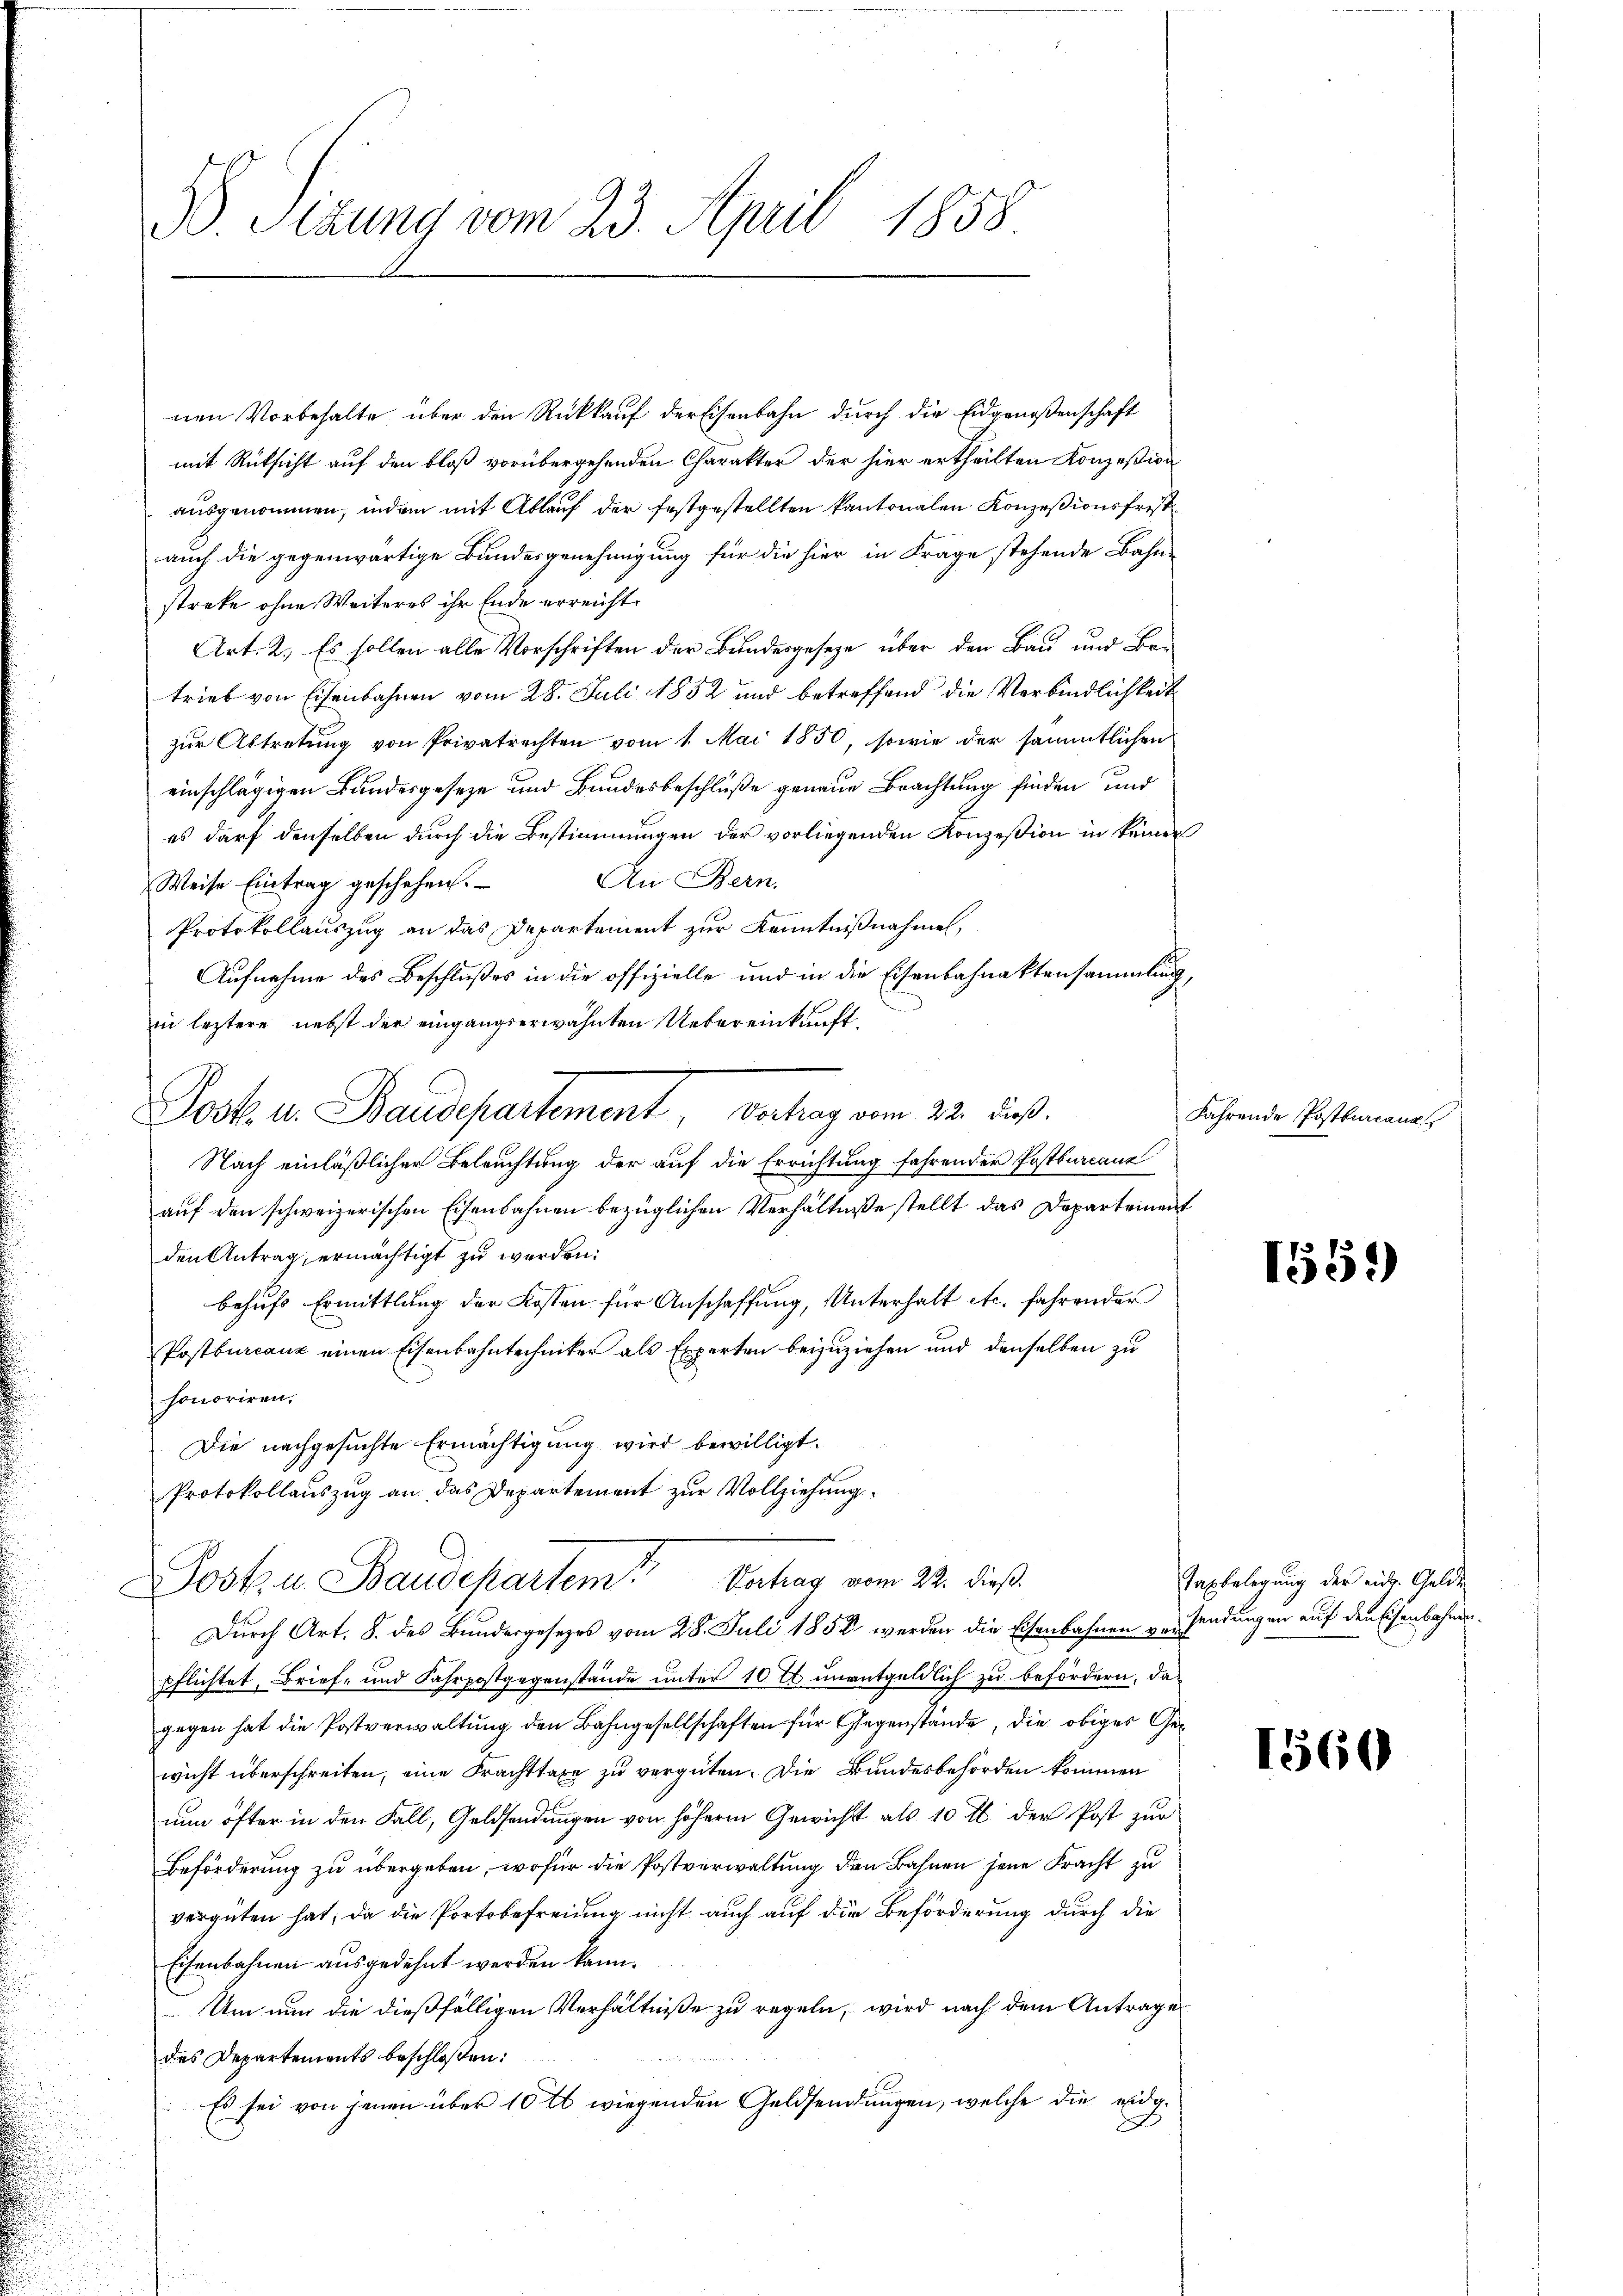
B. Sizung vom 23. April 1858

nen Vorbehalte, über den Rückkauf der Eisenbahn durch die Eidgenoßenschaft
mit Rüksicht auf den bloß vorübergehenden Charakter der hier ertheilten Konzession
ausgenommen, indem mit Ablauf der festgestellten kantonalen Konzesionsfrist
auch die gegenwärtige Bundesgenehmigung für die hier in Frage stehende Bahn-
streke ohne Weiteres ihr Ende erreicht.
Art. 2. Es sollen alle Vorschriften der Bundesgesetze über den Bau und Betrieb von Eisenbahnen vom 28. Juli 1852 und betreffend die Verbindlichkeit
zŭr Abtretung von Privatrechten vom 1. Mai 1850, sowie der sämmtlichen
einschlägigen Bundesgeseze und Bundesbeschluße genaue Brachtung finden und
es darf denselben durch die Bestimmungen der vorliegenden Konzesion in keiner
An Bern.
Weise Eintrag geschehen.
Protokollauszug an das Departement zur Kenntnißnahmen,
Aufnahme des Beschlußes in die offizielle und in die Eisenbahnaktensammlung
in leztere nebst der eingangserwähnten Uebereinkunft¬
Nach einläßlicher Beleuchtung der auf die Errichtung fahrender Postburcauz
auf den schweizerischen Eisenbahnen bezüglichen Verhältniße stellt das Departement
den Antrag, ermächtigt zu werden.
behufs Ermittlung der Kosten für Anschaffung, Unterhalt etc. fahrender
Postbureauz einen Eisenbahntechniker als Experten beizuziehen und denselben zu
honoriren.
Die nachgesuchte Ermächtigung wird bewilligt.
Protokollauszug an, das Departement zur Vollziehung
Post u Baudepartem Vertrag vom 22. dieß
Durch Art. 8. des Bundesgesezes vom 28. Juli 1852 werden die Eisenbahnen versendungen auf den Eisenbahnenpflichtet, Brief- und Fahrpostgegenstände unter 10 et unentgeldlich zu befördern, dagegen hat die Postverwaltung den Bahngesellschaften für Gegenstande, die obiger Gewicht überschreiten, eine Frachttaxe zu vergüten. Die Bundesbehörden kommen
nun öfter in den Fall, Geldsendungen von höherm Gewicht als 10 M. der Post zur
Beförderung zu übergeben, wofür die Postverwaltung den Bahnen jene Fracht zu
vergüten hat, da die Portobefreiung nicht auch auf die Beförderung durch die
Eisenbahnen ausgedehnt werden kann.
Um nun die dießfälligen Verhältniße zu regeln, wird nach dem Antrages
des Departements beschloßen:
 Es sei von jenen über 10 tt wiegenden Geldsendungen, welche die eidgd

Posk. u. Baudepartement, Vertrag vom 22. dieß.

Fahrende Postkurcana

159)

Taxbelegung der eid. Gelde

1560